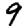
Digit: 9